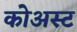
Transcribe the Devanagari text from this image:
कोअस्ट